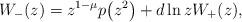
LaTeX: \begin{gather*}W_-(z)=z^{1-\mu}p\big(z^2\big)+ d \ln z W_+(z),\end{gather*}